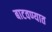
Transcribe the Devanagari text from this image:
बाटवण्यात